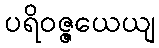
ပရိဝဇ္ဇယေယျ